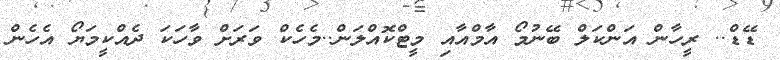
ޑޭޑް.. ރީހާން އަންކަލް ބޭނުމޯ އާމްއާއި މީޓްކޮއްލަން..މެހެކް ވަރަށް ވާހަކަ ދެއްކީމަޔޯ އެހެން